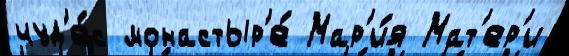
чуд'е́с монастыр'е́ Мар'и́я Мат'ер'и